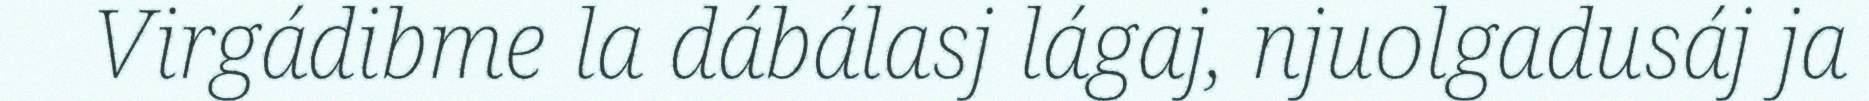
Virgádibme la dábálasj lágaj, njuolgadusáj ja